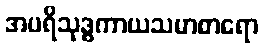
အပရိသုဒ္ဓကာယသမာစာရော